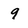
Character: 9